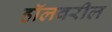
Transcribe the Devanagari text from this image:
हॉलवरील